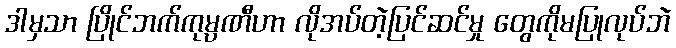
ဒါမှသာ ပြိုင်ဘက်ကုမ္ပဏီဟာ လိုအပ်တဲ့ပြင်ဆင်မှု တွေကိုမပြုလုပ်ဘဲ